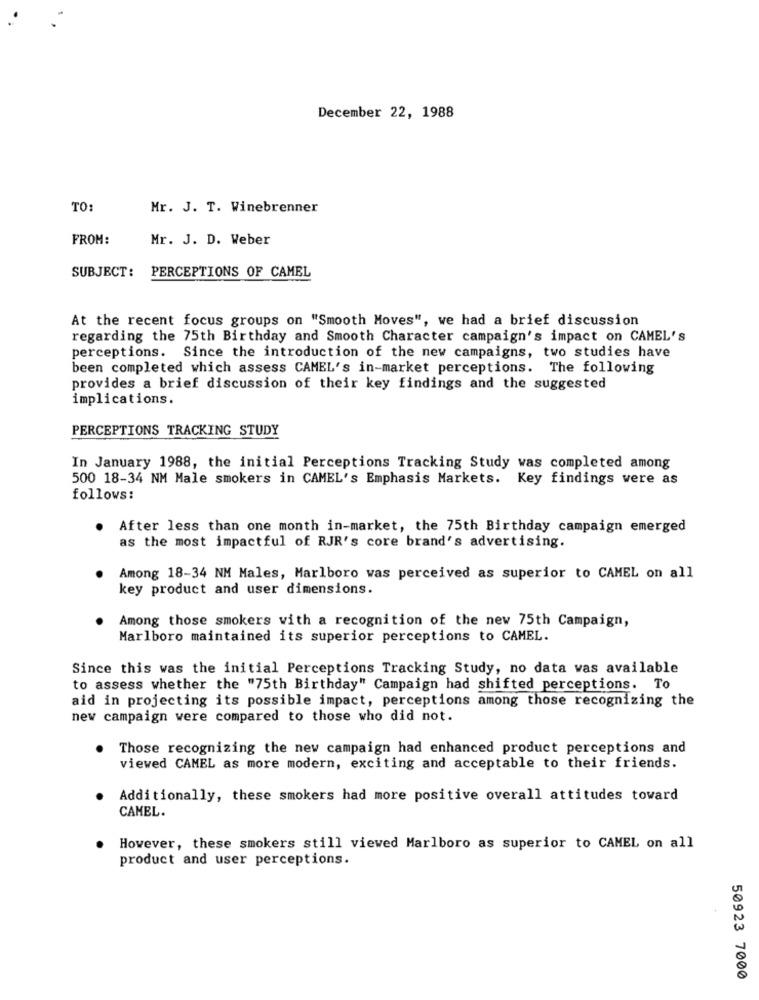
December 22, 1988
TO
Mr. J. T. Winebrenner
FROM:
Mr. J. D. Weber
PERCEPTIONS OF CAMEL
SUBJECT:
At the recent focus groups on "Smooth Moves", we had a brief discussion
regarding the 75th Birthday and Smooth Character campaign's impact on CAMEL's
perceptions. Since the introduction of the new campaigns, two studies have
been completed which assess CAMEL's in-market perceptions. The following
provides a brief discussion of their key findings and the suggested
implications.
PERCEPTIONS TRACKING STUDY
In January 1988, the initial Perceptions Tracking Study was completed among
500 18-34 NM Male smokers in CAMEL's Emphasis Markets. Key findings were as
follows:
. After less than one month in-market, the 75th Birthday campaign emerged
as the most impactful of RJR's core brand's advertising.
Among 18-34 NM Males, Marlboro was perceived as superior to CAMEL on all
key product and user dimensions.
Among those smokers with a recognition of the new 75th Campaign,
Marlboro maintained its superior perceptions to CAMEL.
Since this was the initial Perceptions Tracking Study, no data vas available
to assess whether the "75th Birthday" Campaign had shifted perceptions. To
aid in projecting its possible impact, perceptions among those recognizing the
new campaign were compared to those who did not.
. Those recognizing the new campaign had enhanced product perceptions and
viewed CAMEL as more modern, exciting and acceptable to their friends.
Additionally, these smokers had more positive overall attitudes toward
CAMEL.
However, these smokers still viewed Marlboro as superior to CAMEL on all
product and user perceptions.
50923 7000